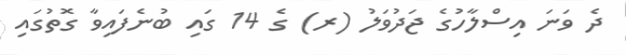
ދެ ވަނަ އިސްލާހުގެ ޖަދުވަލު (ރ) ގެ 14 ގައި ބުނެފައިވާ ގޮތުގައި